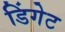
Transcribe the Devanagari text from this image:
डिंगेट